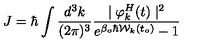
J = \hbar \int \frac { d ^ { 3 } k } { ( 2 \pi ) ^ { 3 } } \frac { \mid \varphi _ { k } ^ { H } ( t ) \mid ^ { 2 } } { e ^ { \beta _ { o } \hbar { \cal { W } } _ { k } ( t _ { o } ) } - 1 }